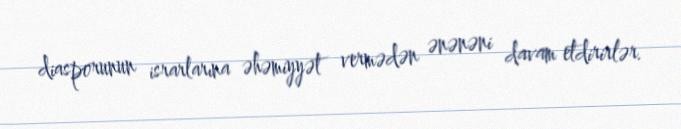
diasporunun israrlarına əhəmiyyət vermədən ənənəni davam etdirirlər.